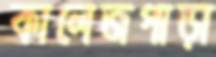
কালেজপাড়া